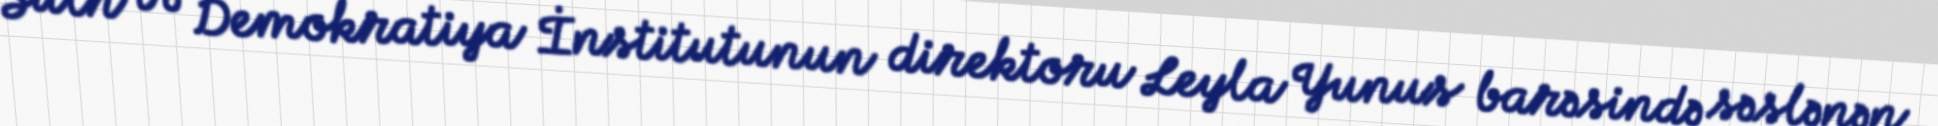
Sülh və Demokratiya İnstitutunun direktoru Leyla Yunus barəsində səslənən